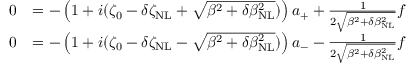
\begin{array} { r l } { 0 } & { = - \left( 1 + i ( \zeta _ { 0 } - \delta \zeta _ { \mathrm { N L } } + \sqrt { \beta ^ { 2 } + \delta \beta _ { \mathrm { N L } } ^ { 2 } } ) \right) a _ { + } + \frac { 1 } { 2 \sqrt { \beta ^ { 2 } + \delta \beta _ { \mathrm { N L } } ^ { 2 } } } f } \\ { 0 } & { = - \left( 1 + i ( \zeta _ { 0 } - \delta \zeta _ { \mathrm { N L } } - \sqrt { \beta ^ { 2 } + \delta \beta _ { \mathrm { N L } } ^ { 2 } } ) \right) a _ { - } - \frac { 1 } { 2 \sqrt { \beta ^ { 2 } + \delta \beta _ { \mathrm { N L } } ^ { 2 } } } f } \end{array}